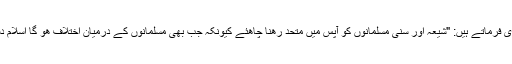
جیسا کہ ولی امر مسلمین امام خامنہ ای فرماتے ہیں: "شیعہ اور سنی مسلمانوں کو آپس میں متحد رھنا چاھئے کیونکہ جب بھی مسلمانوں کے درمیان اختلاف ھو گا اسلام دشمن عناصر ان پر غالب آ جائیں گے۔